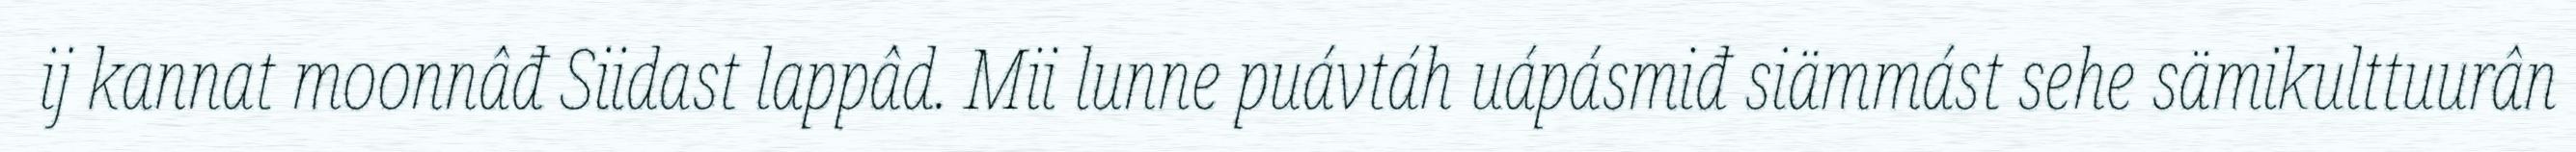
ij kannat moonnâđ Siidast lappâd. Mii lunne puávtáh uápásmiđ siämmást sehe sämikulttuurân